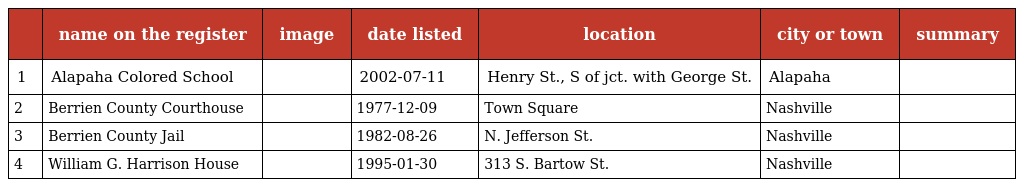
|  | name on the register | image | date listed | location | city or town | summary |
 | --- | --- | --- | --- | --- | --- | --- |
 | 1 | Alapaha Colored School |  | 2002-07-11 | Henry St., S of jct. with George St. | Alapaha |  |
 | 2 | Berrien County Courthouse |  | 1977-12-09 | Town Square | Nashville |  |
 | 3 | Berrien County Jail |  | 1982-08-26 | N. Jefferson St. | Nashville |  |
 | 4 | William G. Harrison House |  | 1995-01-30 | 313 S. Bartow St. | Nashville |  |